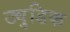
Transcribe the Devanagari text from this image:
ट्युडिक